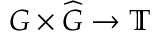
G \times { \widehat { G } } \to \mathbb { T }